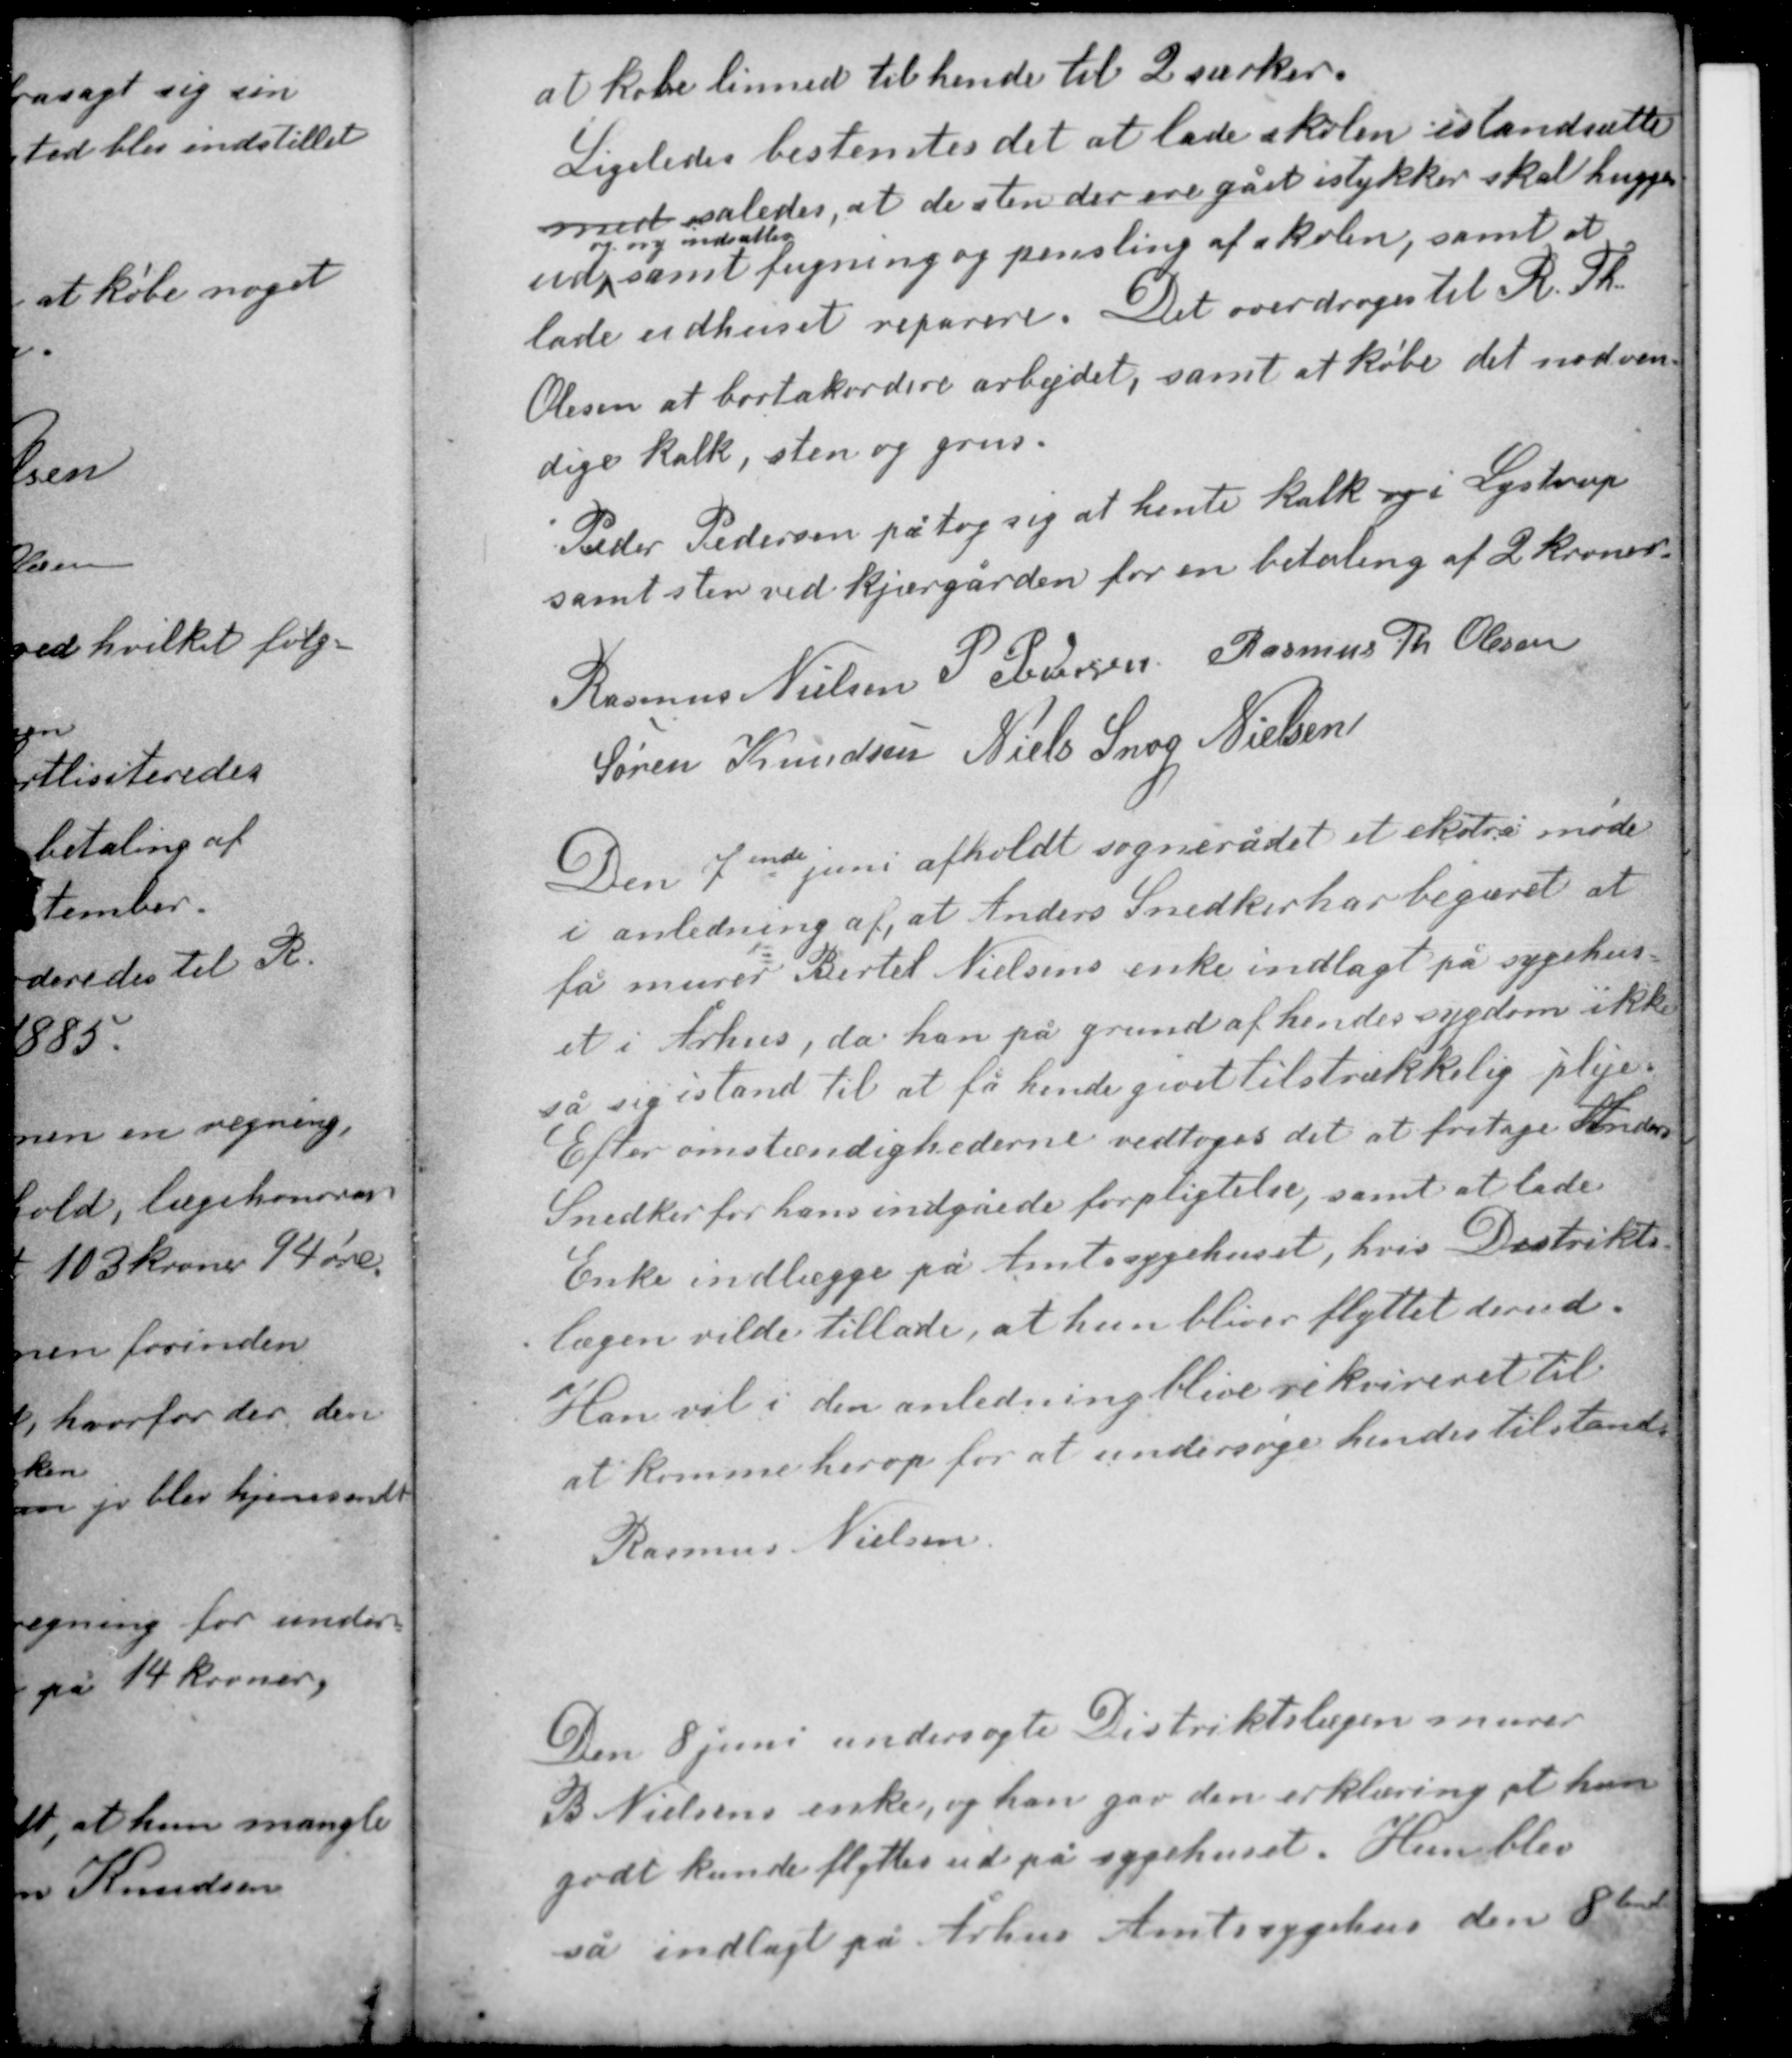
Transskription:
at købe linned til hende til 2 værker.
Ligeledes bestemtes det at lade skolen istandsætte
med således, at de sten der ere gået istyker skal hugges
og ny indsættes
ud samt fugning og pensling af skolen, samt at
lade udhuset raparere. Det overdroges til R. Th.
Olesen at bortakordere arbejdet, samt at købe det nødven-
dige kalk, sten og grus.

Peder Pedersen påtog sig at hente kalk og i Lystrup
samt sten ved kjærgården for en betaling af 2 kroner.

Rasmus Nielsen P. Pedersen Rasmus Th Olesen
Søren Knudsen Niels Snog Nielsen

Den 7ende juni afholdt sognerådet et ekstra møde
i anledning af, at Anders Snedker har begæret at
få murer Bertel Nielsens enke indlagt på sygehus-
et i Århus, da han på grund af hendes sygdom ikke
så sig i stand til at få hende givet tilstrækkelig pleje.
Efter omstændighederne vedtoges det at fritage Anders
Snedker for hans indgåede forpligtelse, samt at lade
Enke indlægge på Amtssygehuset, hvis Distrikts-
lægen vilde tillade, at hun bliver flyttet derud.
Han vil i den anledning blive rekvireret til
at komme herop for at undersøge hendes tilstand.

Rasmus Nielsen

Den 8 juni undersøgte Distriktslægen murer
B. Nielsens enke, og han gav den erklæring, at hun
godt kunde flyttes ud på sygehuset. Hun blev
så indlagt på Århus Amtssygehus den 8tende